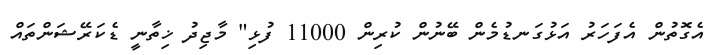
އެގޮތުން އެފަހަރު އަޅުގަނޑުމެން ބޭނުން ކުރިން 11000 ފުޅި" މާޖިދު ޚިތާނީ ޑެކަރޭޝަންތައް